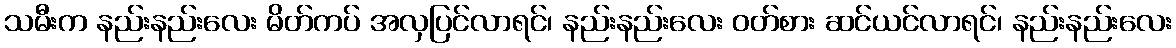
သမီးက နည်းနည်းလေး မိတ်ကပ် အလှပြင်လာရင်၊ နည်းနည်းလေး ဝတ်စား ဆင်ယင်လာရင်၊ နည်းနည်းလေး